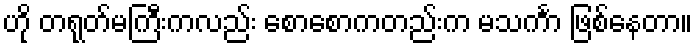
ဟို တရုတ်မကြီးကလည်း စောစောကတည်းက မသင်္ကာ ဖြစ်နေတာ။